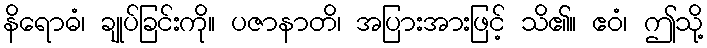
နိရောဓံ၊ ချုပ်ခြင်းကို။ ပဇာနာတိ၊ အပြားအားဖြင့် သိ၏။ ဧဝံ၊ ဤသို့